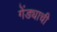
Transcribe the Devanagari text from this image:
गेंड्याची